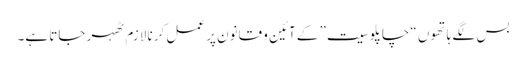
بس لگے ہاتھوں “چاپلوسیت” کے آئین و قانون پر عمل کرنا لازم ٹھہر جاتا ہے۔